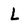
Character: L